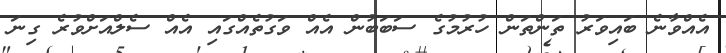
އެއްވާނެ ބައިވަރު ތަންތަން ހުރުމުގެ ސަބަބުން އެއް ވަގުތެއްގައި އެއް ސެލްއަށްވުރެ ގިނަ